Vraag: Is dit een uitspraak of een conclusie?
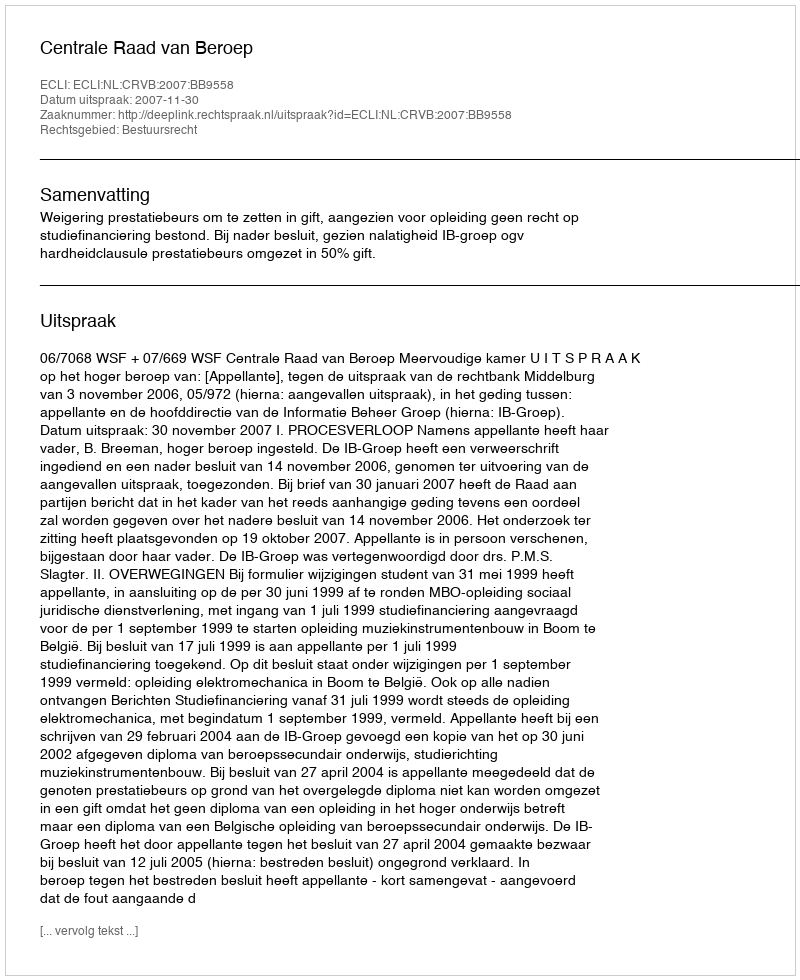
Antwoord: Uitspraak